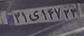
۳۱ی۱۴۷۲۳